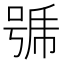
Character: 𭈹